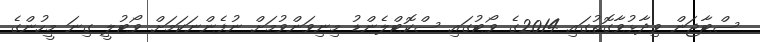
ސްޓާޖަން ވިދާޅުވާގޮތުގައި 2014ގެ ވޯޓުގައި ސްކޮޓްލެންޑު މިނިވަންވުމަށް ނުފެންނަކަމަށް ވޯޓުލީ ގިނަ މީހުންގެ